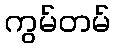
ကွမ်တမ်